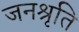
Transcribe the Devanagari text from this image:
जनश्रृति